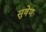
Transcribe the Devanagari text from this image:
सुषेणः